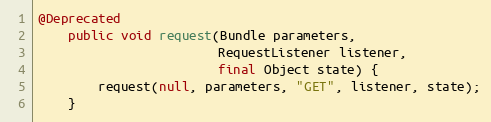
Language: Java
@Deprecated
    public void request(Bundle parameters,
                        RequestListener listener,
                        final Object state) {
        request(null, parameters, "GET", listener, state);
    }